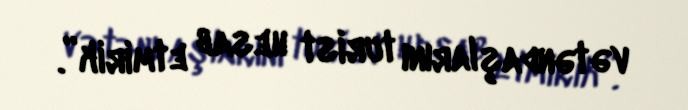
vətəndaşlarını turist hesab etmirik”.